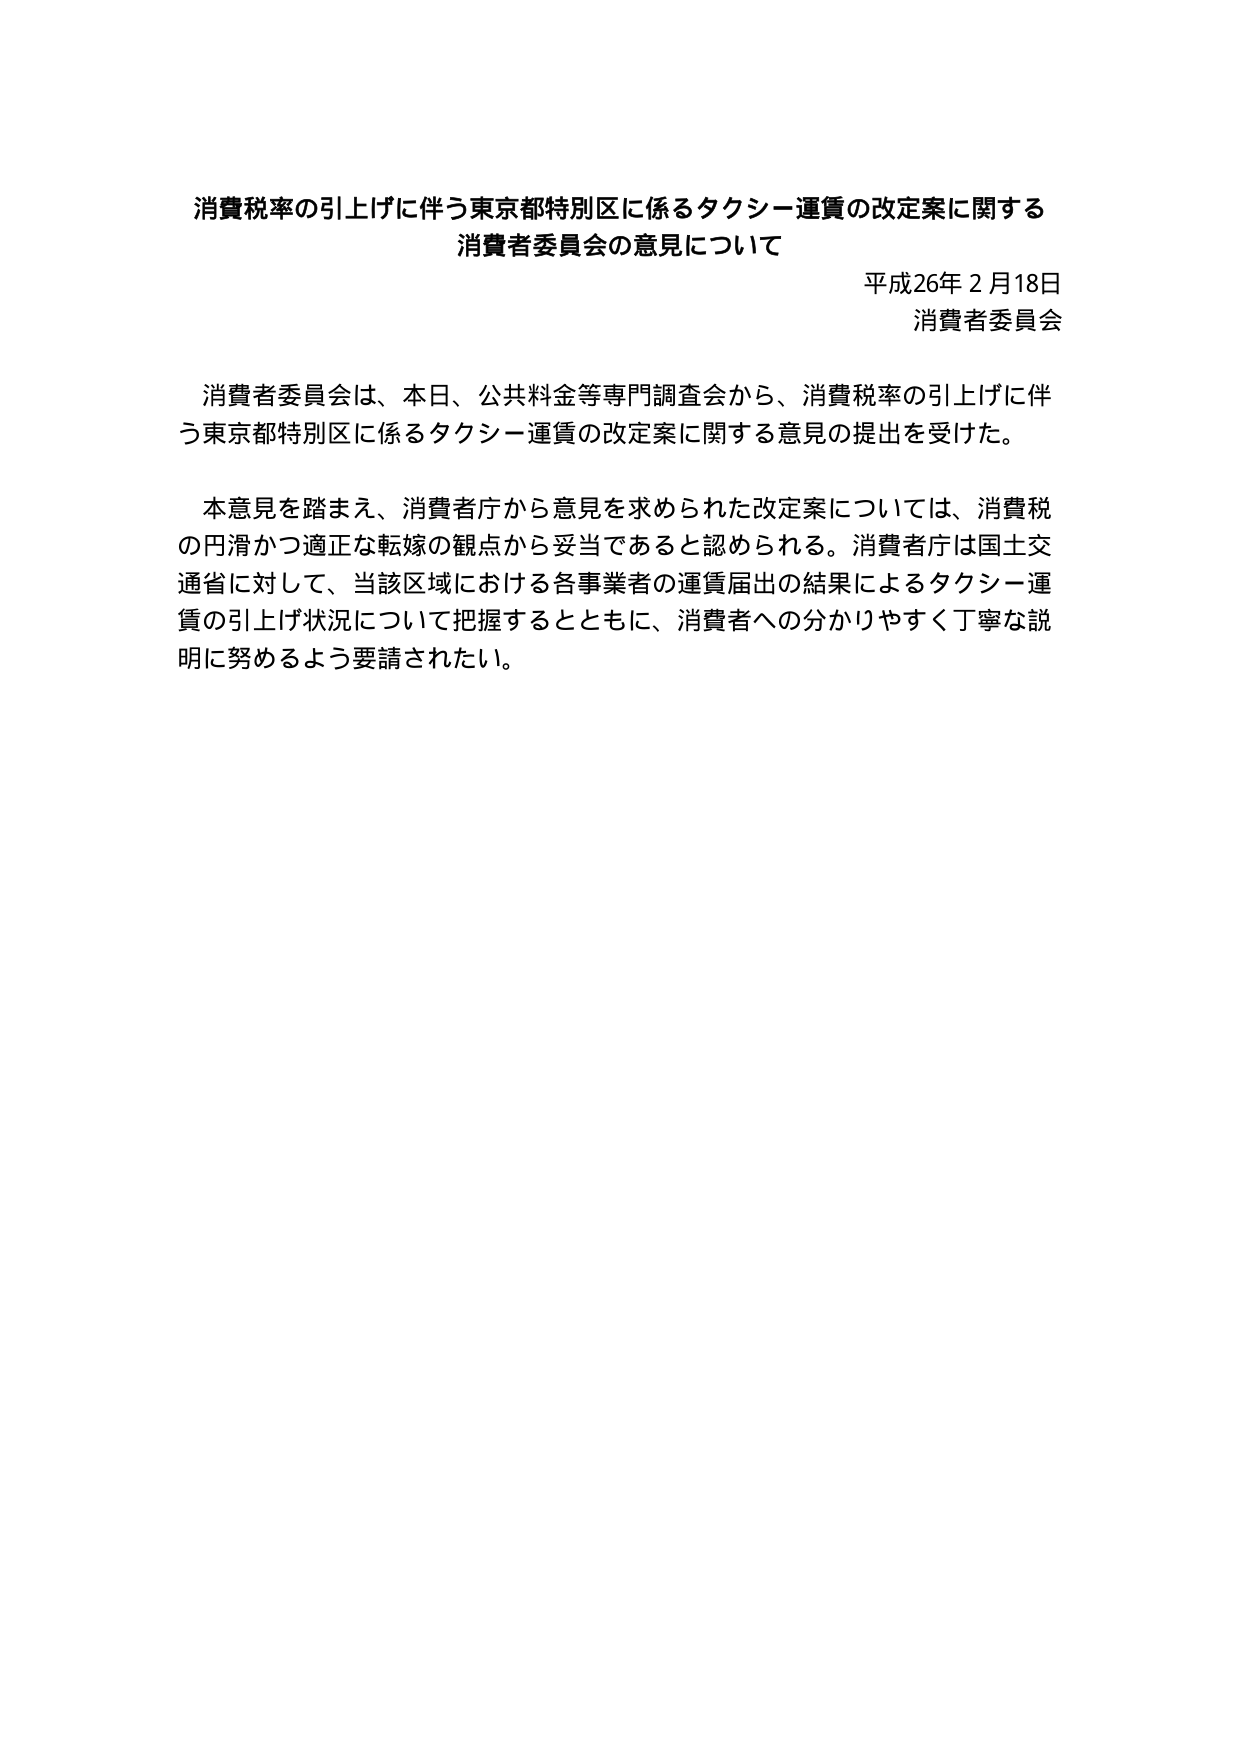
消費税率の引上げに伴う東京都特別区に係るタクシー運賃の改定案に関する
消費者委員会の意見について

平成26年2月18日
消費者委員会

消費者委員会は、本日、公共料金等専門調査会から、消費税率の引上げに伴う東京都特別区に係るタクシー運賃の改定案に関する意見の提出を受けた。

本意見を踏まえ、消費者庁から意見を求められた改定案については、消費税の円滑かつ適正な転嫁の観点から妥当であると認められる。消費者庁は国土交通省に対して、当該区域における各事業者の運賃届出の結果によるタクシー運賃の引上げ状況について把握するとともに、消費者への分かりやすく丁寧な説明に努めるよう要請されたい。